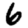
Digit: 6